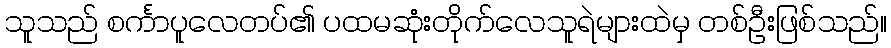
သူသည် စင်္ကာပူလေတပ်၏ ပထမဆုံးတိုက်လေသူရဲများထဲမှ တစ်ဦးဖြစ်သည်။